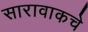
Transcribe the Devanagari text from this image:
सारावाकचे